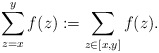
\begin{align*}\sum_{z=x}^y f(z):=\sum_{z\in [x,y]} f(z).\end{align*}